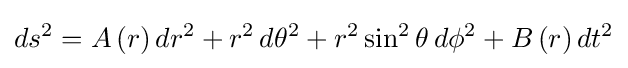
ds^{2}=A\left(r\right)dr^{2}+r^{2}\,d\theta ^{2}+r^{2}\sin ^{2}\theta \,d\phi ^{2}+B\left(r\right)dt^{2}